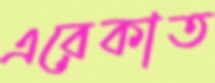
এরেকাত